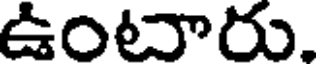
ఉంటారు,